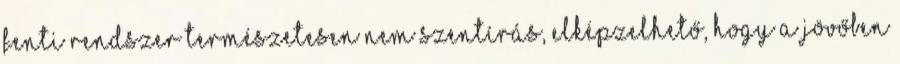
fenti rendszer természetesen nem szentírás, elképzelhető, hogy a jövőben